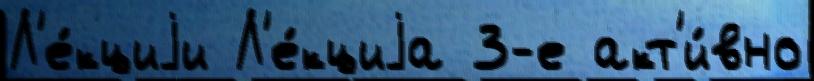
Л'е́кциjи Л'е́кциjа 3-е акт'и́вно